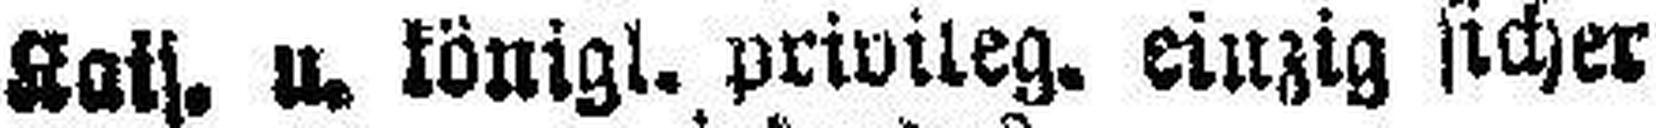
Kais. u. königl. privileg. einzig sicher